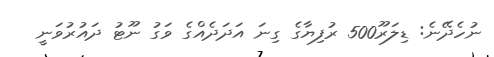
ނުހެދޭނެ: ޑިލަރޫ500 ރުފިޔާގެ ގިނަ އަދަދެއްގެ ވަގު ނޫޓު ދައުރުވަނީ